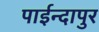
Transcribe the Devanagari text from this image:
पाईन्दापुर